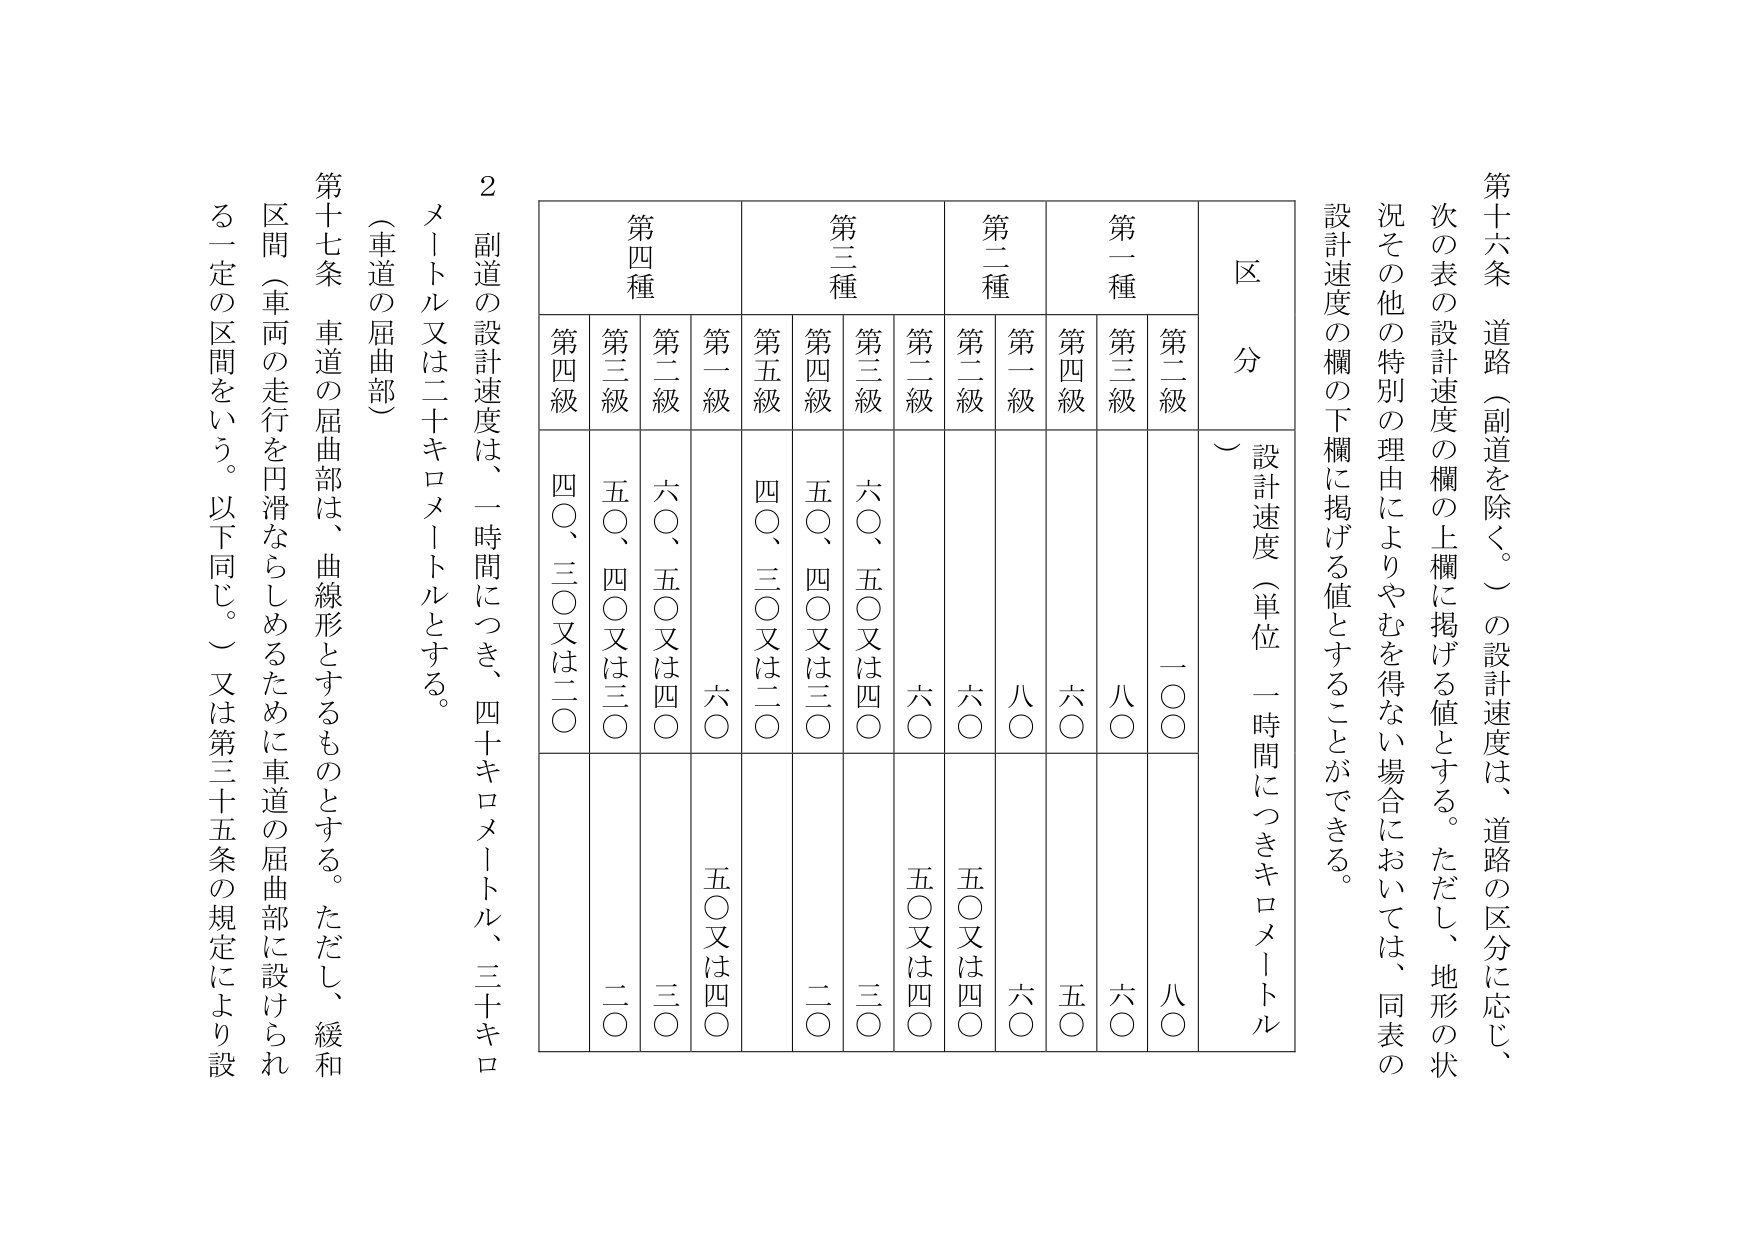
第十六条 道路（副道を除く。）の設計速度は、道路の区分に応じ、次の表の設計速度の欄の上欄に掲げる値とする。ただし、地形の状況その他の特別の理由によりやむを得ない場合においては、同表の設計速度の欄の下欄に掲げる値とすることができる。

区 分
設計速度（単位 一時間につきキロメートル）

第一種
第二級 一〇〇
第三級 八〇
第四級 六〇

第二種
第一級 八〇
第二級 六〇

第三種
第二級 六〇
第三級 六〇、五〇又は四〇
第四級 五〇、四〇又は三〇
第五級 四〇、三〇又は二〇

第四種
第一級 六〇
第二級 六〇、五〇又は四〇
第三級 五〇、四〇又は三〇
第四級 四〇、三〇又は二〇

2 副道の設計速度は、一時間につき、四十キロメートル、三十キロメートル又は二十キロメートルとする。

（車道の屈曲部）
第十七条 車道の屈曲部は、曲線形とするものとする。ただし、緩和区間（車両の走行を円滑ならしめるために車道の屈曲部に設けられる一定の区間をいう。以下同じ。）又は第三十五条の規定により設